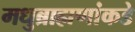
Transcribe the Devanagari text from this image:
मधुब्राह्मणांकडे